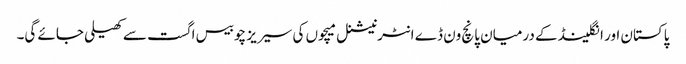
پاکستان اور انگلینڈ کے درمیان پانچ ون ڈے انٹرنیشنل میچوں کی سیریز چوبیس اگست سے کھیلی جائے گی۔